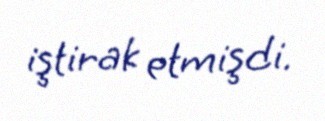
iştirak etmişdi.